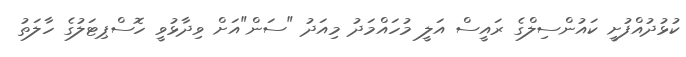
ކުޅުދުއްފުށީ ކައުންސިލްގެ ރައީސް އަލީ މުހައްމަދު މިއަދު "ސަން"އަށް ވިދާޅުވީ ހޮސްޕިޓަލުގެ ހާލަތު